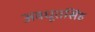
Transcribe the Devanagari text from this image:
अवधूतसिंह